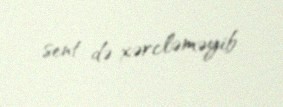
sent də xərcləməyib.